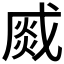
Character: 𤋆